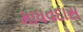
માધવદાસ